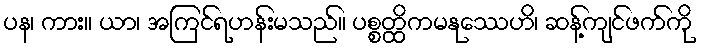
ပန၊ ကား။ ယာ၊ အကြင်ရဟန်းမသည်။ ပစ္စတ္ထိကမနုဿေဟိ၊ ဆန့်ကျင်ဖက်ကို